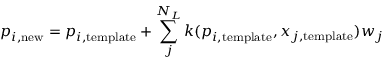
\boldsymbol { p } _ { i , \mathrm { n e w } } = \boldsymbol { p } _ { i , \mathrm { t e m p l a t e } } + \sum _ { j } ^ { N _ { L } } k ( \boldsymbol { p } _ { i , \mathrm { t e m p l a t e } } , \boldsymbol { x } _ { j , \mathrm { t e m p l a t e } } ) w _ { j }